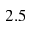
2 . 5